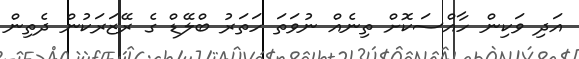
އަދި ވަކިން ހާއްސަކޮށް ތިނެއް ނުވަތަ ހަތަރު ބްލޭޑް ގެ ރޭޒަރަކުން ދެތިން